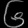
Digit: ၆